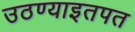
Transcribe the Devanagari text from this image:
उठण्याइतपत